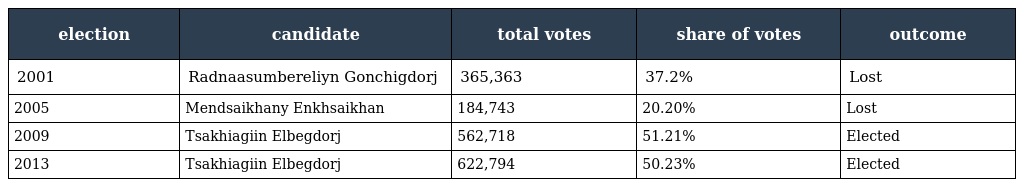
| election | candidate | total votes | share of votes | outcome |
 | --- | --- | --- | --- | --- |
 | 2001 | Radnaasumbereliyn Gonchigdorj | 365,363 | 37.2% | Lost |
 | 2005 | Mendsaikhany Enkhsaikhan | 184,743 | 20.20% | Lost |
 | 2009 | Tsakhiagiin Elbegdorj | 562,718 | 51.21% | Elected |
 | 2013 | Tsakhiagiin Elbegdorj | 622,794 | 50.23% | Elected |